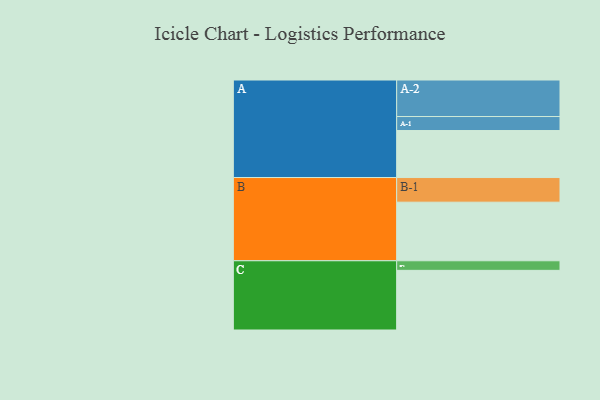
{"axis": {"x": "Segment", "y": "Value"}, "legend": ["", "A", "B", "C"], "data": [{"x": "A", "y": 309, "type": ""}, {"x": "B", "y": 385, "type": ""}, {"x": "C", "y": 392, "type": ""}, {"x": "A-1", "y": 92, "type": "A"}, {"x": "A-2", "y": 240, "type": "A"}, {"x": "B-1", "y": 162, "type": "B"}, {"x": "C-1", "y": 63, "type": "C"}]}